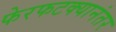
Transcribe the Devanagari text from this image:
फेरफटक्यानंतर